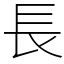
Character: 長